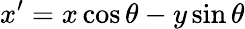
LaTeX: x^{\prime}=x\cos\theta-y\sin\theta